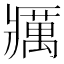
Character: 𰤅